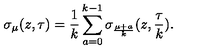
\sigma _ { \mu } ( z , \tau ) = \frac { 1 } { k } \sum _ { a = 0 } ^ { k - 1 } \sigma _ { \frac { \mu + a } { k } } ( z , \frac { \tau } { k } ) .